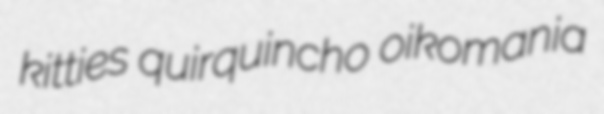
kitties quirquincho oikomania